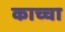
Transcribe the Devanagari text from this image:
काच्चा